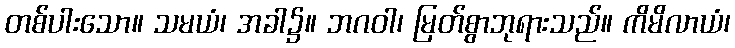
တစ်ပါးသော။ သမယံ၊ အခါ၌။ ဘဂဝါ၊ မြတ်စွာဘုရားသည်။ ကိမိလာယံ၊